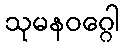
သုမနဝဂ္ဂေါ